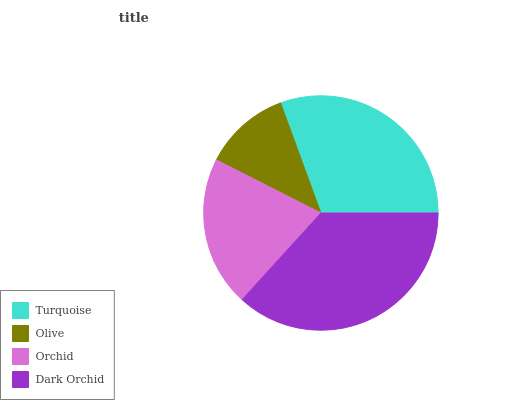
| Turquoise | Olive | Orchid | Dark Orchid |
 | --- | --- | --- | --- |
 | 30.6% | 11.9% | 20.7% | 36.8% |